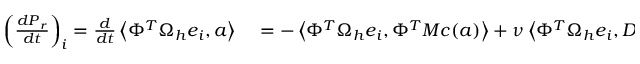
\begin{array} { r l } { \left( \frac { d \boldsymbol { P } _ { r } } { d t } \right) _ { i } = \frac { d } { d t } \left< \Phi ^ { T } \Omega _ { h } \boldsymbol { e } _ { i } , \boldsymbol { a } \right> } & { { } = - \left< \Phi ^ { T } \Omega _ { h } \boldsymbol { e } _ { i } , \Phi ^ { T } M \boldsymbol { c } ( \boldsymbol { a } ) \right> + \nu \left< \Phi ^ { T } \Omega _ { h } \boldsymbol { e } _ { i } , D _ { r } \boldsymbol { a } \right> } \end{array}